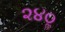
૨૪૦ૢ